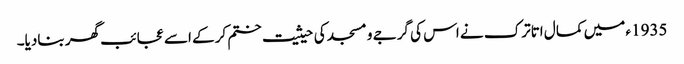
1935ء میں کمال اتاترک نے اس کی گرجے و مسجد کی حیثیت ختم کرکے اسے عجائب گھر بنادیا۔